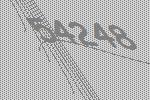
54248